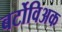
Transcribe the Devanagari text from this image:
बर्टोविअक